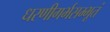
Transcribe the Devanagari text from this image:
धरणीगर्भसम्भूतं